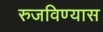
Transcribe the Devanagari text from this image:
रुजविण्यास